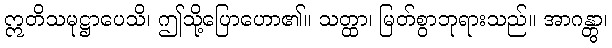
ဣတိသမုဋ္ဌာပေသိ၊ ဤသို့ပြောဟော၏။ သတ္ထာ၊ မြတ်စွာဘုရားသည်။ အာဂန္တွာ၊